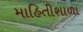
માહિતીશાળા